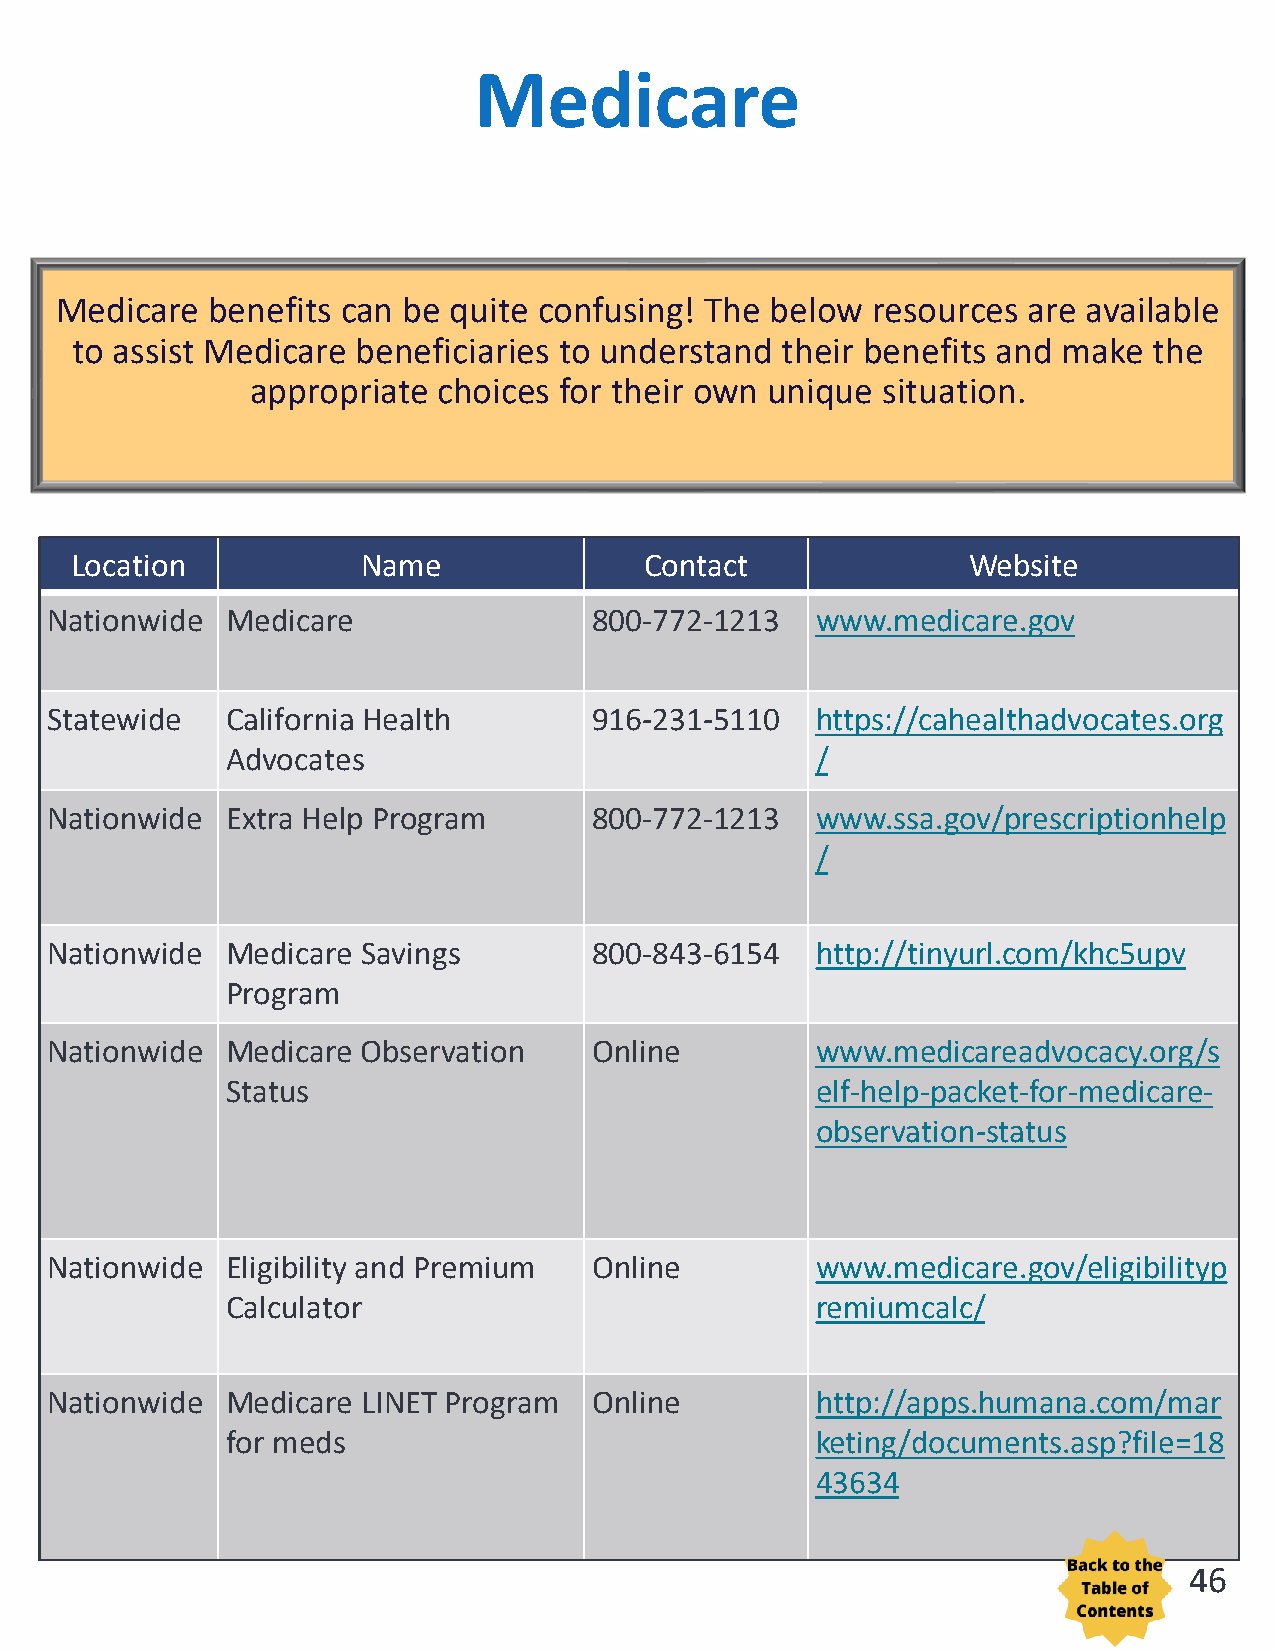
Medicare
 Medicare  benefits can be quite confusing! The below  resources are available
 to assist Medicare beneficiaries to understand their benefits and make the
 appropriate choices for their own unique situation.
 Location           Name               Contact              Website
 Nationwide  Medicare                800-772-1213   www.medicare.gov
 Statewide   California Health       916-231-5110   https://cahealthadvocates.org
 Advocates                              /
 Nationwide  Extra Help Program      800-772-1213   www.ssa.gov/prescriptionhelp
 /
 Nationwide  Medicare Savings        800-843-6154   http://tinyurl.com/khc5upv
 Program
 Nationwide  Medicare Observation    Online         www.medicareadvocacy.org/s
 Status                                 elf-help-packet-for-medicare-
 observation-status
 Nationwide  Eligibility and Premium Online         www.medicare.gov/eligibilityp
 Calculator                             remiumcalc/
 Nationwide  Medicare LINET Program  Online         http://apps.humana.com/mar
 for meds                               keting/documents.asp?file=18
 43634
 46